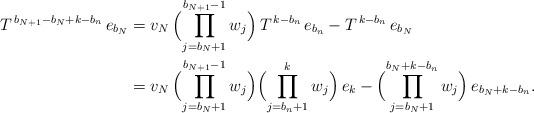
LaTeX: \begin{align*}T^{\,b_{N+1}-b_{N}+k-b_{n}}\,e_{b_{N}}&=v_{N}\,\Bigl(\prod_{j=b_{N}+1}^{b_{N+1}-1}w_{j}\Bigr)\,T^{\,k-b_{n}}\,e_{b_{n}}-T^{\,k-b_{n}}\,e_{b_{N}}\\&=v_{N}\,\Bigl(\prod_{j=b_{N}+1}^{b_{N+1}-1}w_{j}\Bigr)\Bigl(\prod_{j=b_{n}+1}^{k}w_{j}\Bigr)\,e_{k}-\Bigl(\prod_{j=b_{N}+1}^{b_{N}+k-b_{n}}w_{j}\Bigr)\,e_{b_{N}+k-b_{n}}.\end{align*}